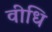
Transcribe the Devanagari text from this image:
वीधि